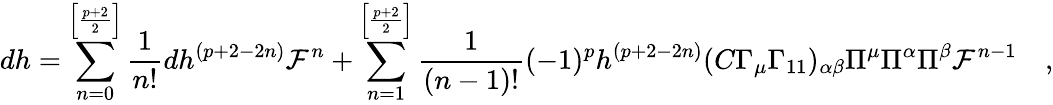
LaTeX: dh=\sum_{n=0}^{\left[\frac{p+2}{2}\right]}\frac{1}{n!}dh^{(p+2-2n)}{\cal F}^{n}+\sum_{n=1}^{\left[\frac{p+2}{2}\right]}\frac{1}{(n-1)!}(-1)^{p}h^{(p+2-2n)}(C\Gamma_{\mu}\Gamma_{11})_{\alpha\beta}\Pi^{\mu}\Pi^{\alpha}\Pi^{\beta}{\cal F}^{n-1}\quad,